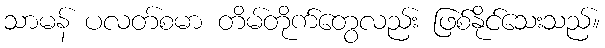
သာမန် ပလတ်စမာ တိမ်တိုက်တွေလည်း ဖြစ်နိုင်သေးသည်။